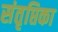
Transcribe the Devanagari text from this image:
संतृप्तिका